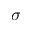
\boldsymbol { \sigma }